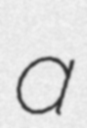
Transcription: a